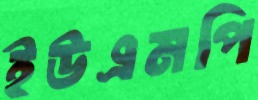
ইউএমপি